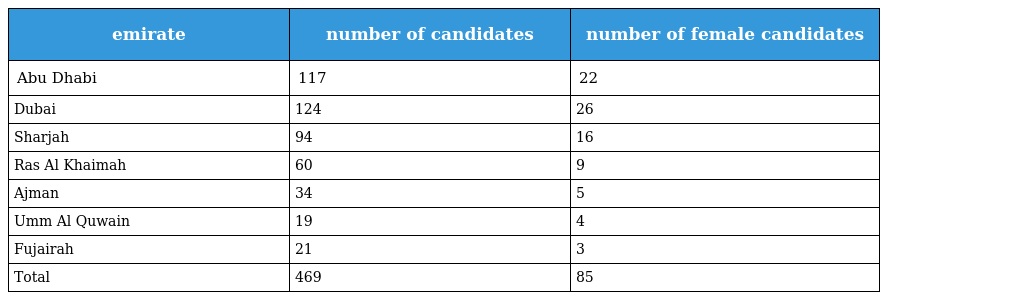
| emirate | number of candidates | number of female candidates |
 | --- | --- | --- |
 | Abu Dhabi | 117 | 22 |
 | Dubai | 124 | 26 |
 | Sharjah | 94 | 16 |
 | Ras Al Khaimah | 60 | 9 |
 | Ajman | 34 | 5 |
 | Umm Al Quwain | 19 | 4 |
 | Fujairah | 21 | 3 |
 | Total | 469 | 85 |